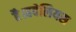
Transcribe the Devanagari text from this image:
है।हवेलियस